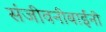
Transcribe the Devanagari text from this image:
संजीवनीबाईंनी